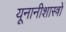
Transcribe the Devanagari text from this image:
यूनानीशास्त्रों